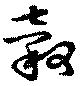
穀